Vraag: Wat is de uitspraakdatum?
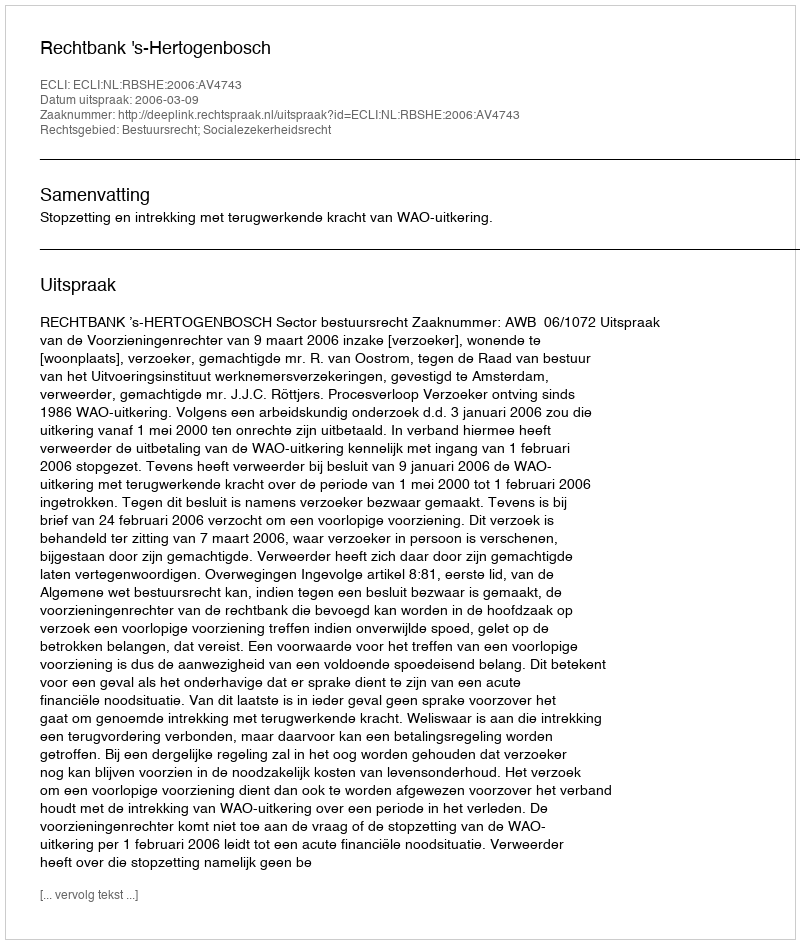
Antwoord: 2006-03-09